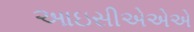
આઇસીએએએ